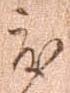
度